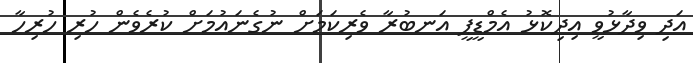
އަދި ވިދާޅުވީ އިދިކޮޅު އެމްޑީޕީ އަނބުރާ ވެރިކަމަށް ނުގެނައުމަށް ކުރެވެން ހުރި ހުރިހާ